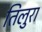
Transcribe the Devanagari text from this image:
तिलुरा